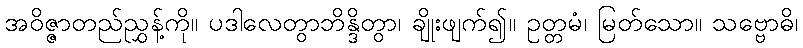
အဝိဇ္ဇာတည်ညွှန့်ကို။ ပဒါလေတွာဘိန္ဒိတွာ၊ ချိုးဖျက်၍။ ဥတ္တမံ၊ မြတ်သော။ သဗ္ဗောဓိ၊